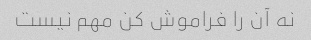
نه آن را فراموش کن مهم نیست